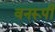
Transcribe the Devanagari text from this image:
वनरूपी